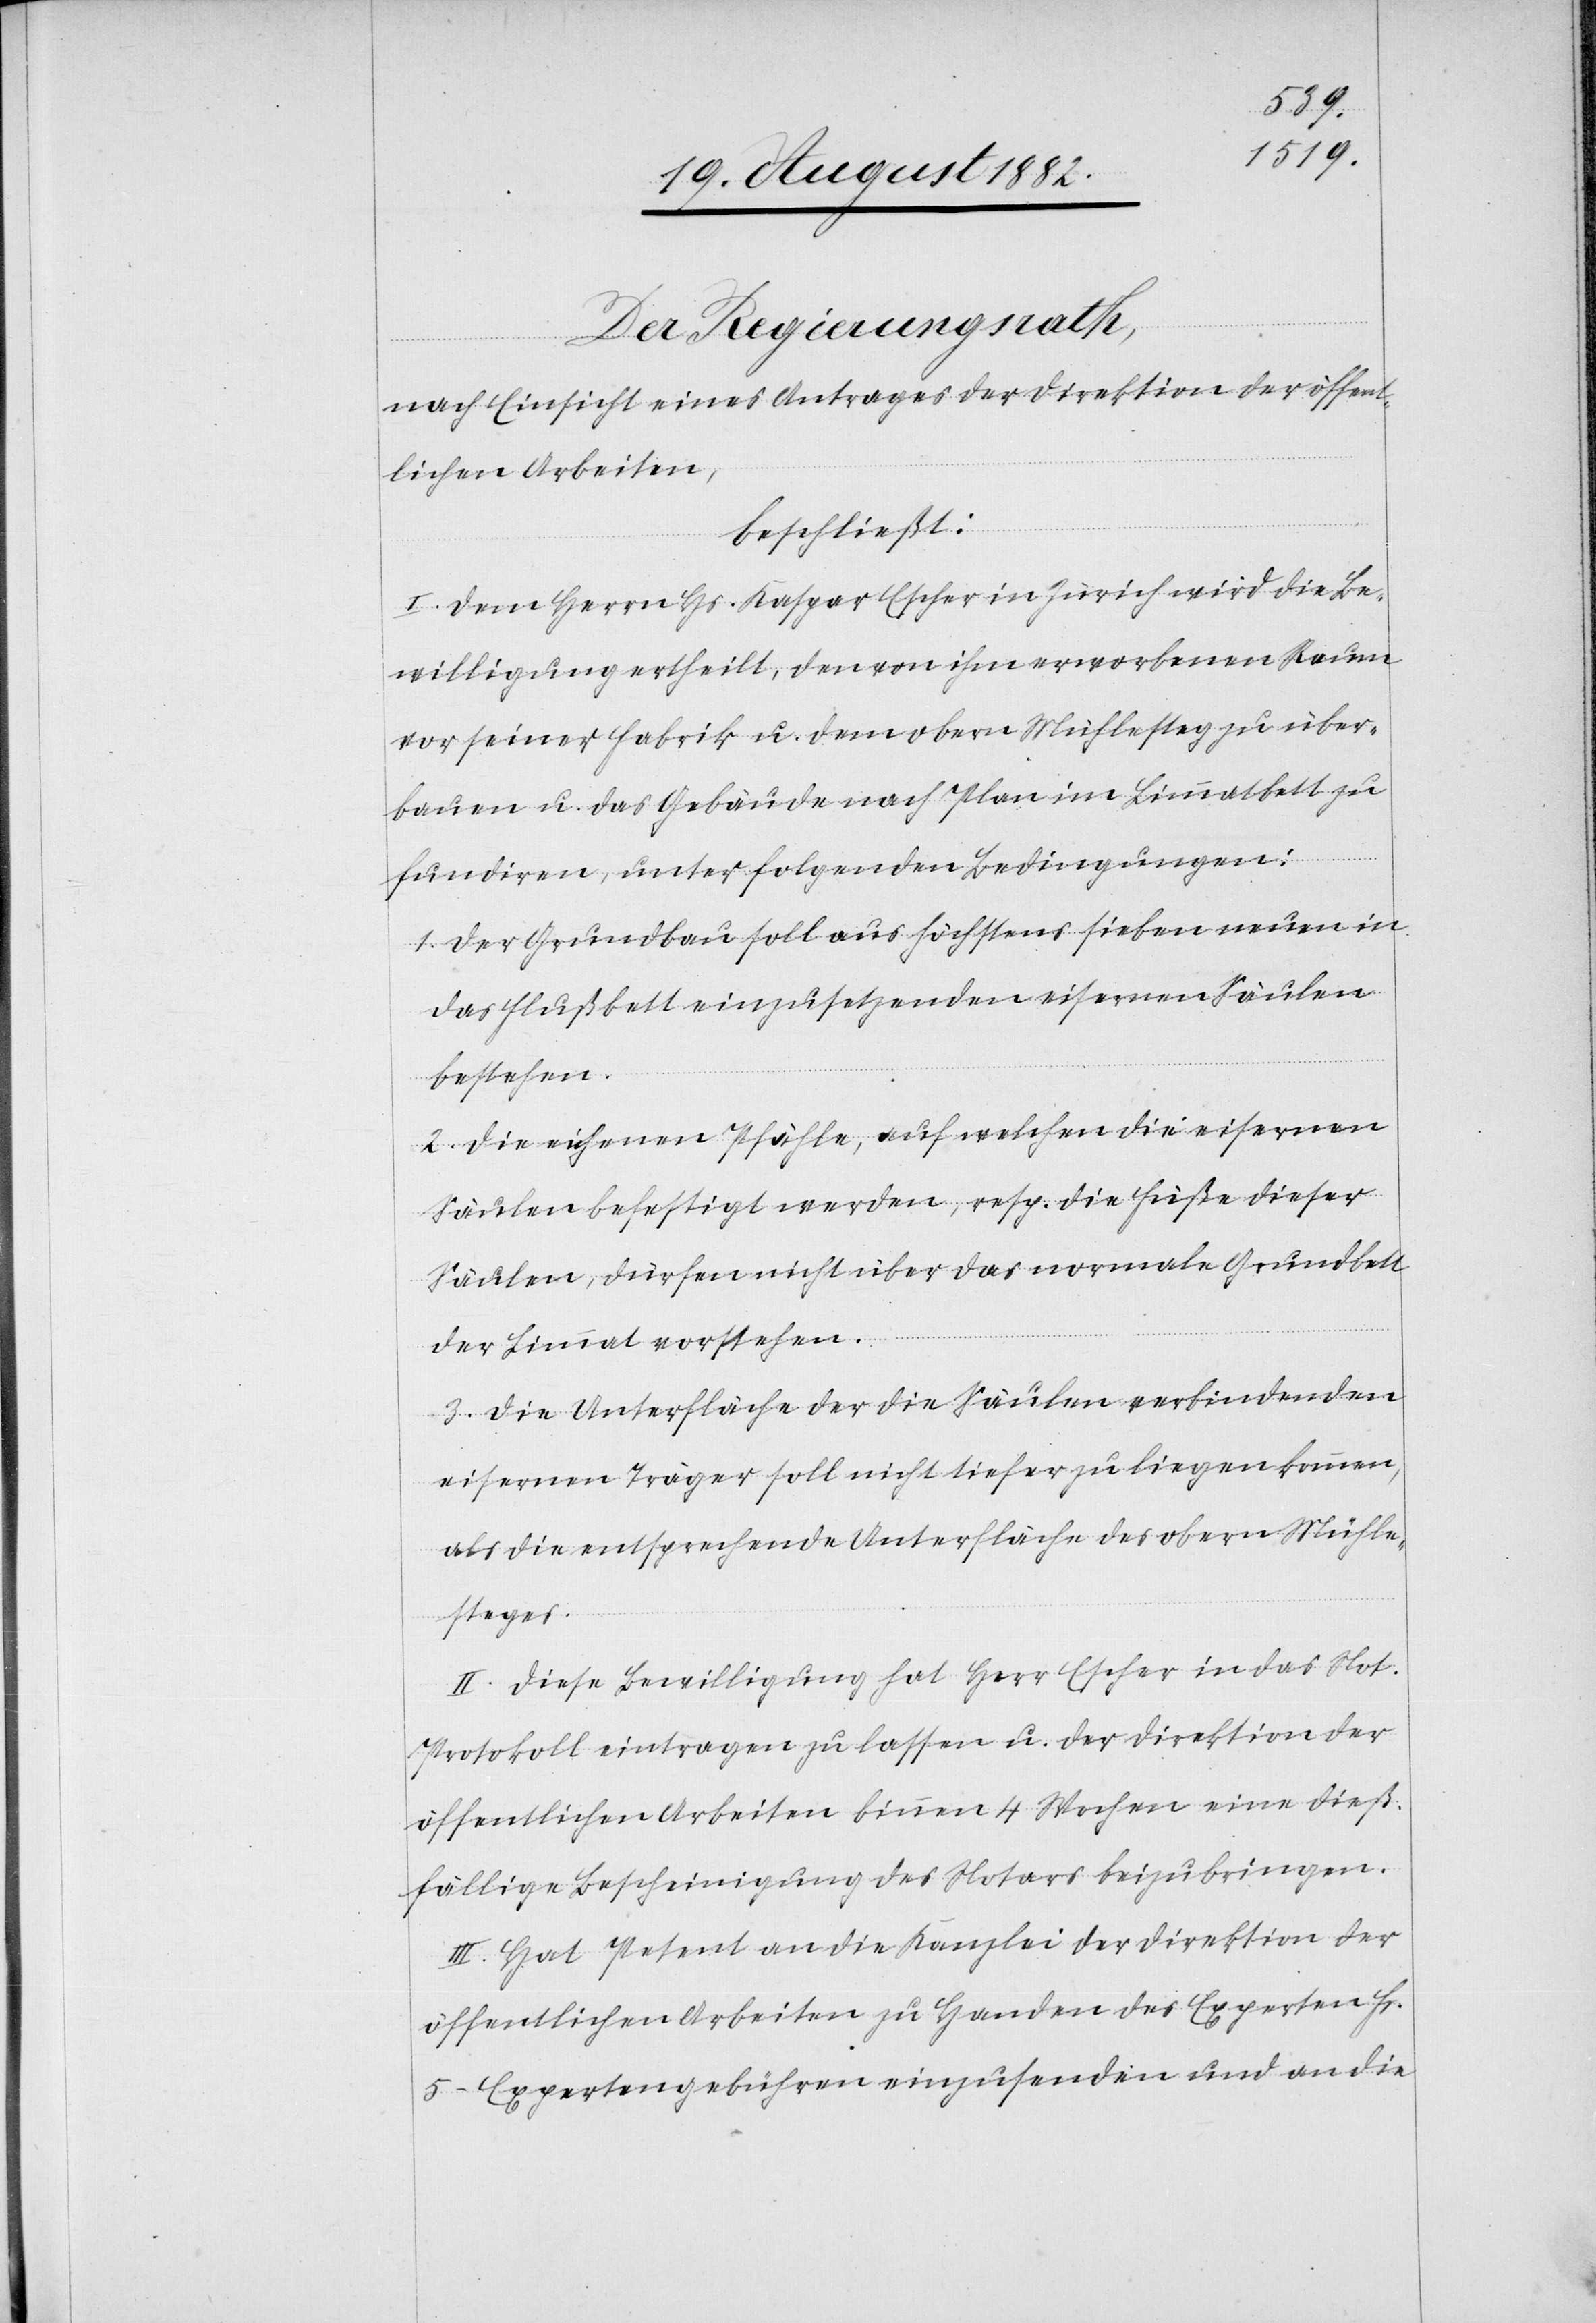
ariat¬
Der Regierungsrath;
nach Einsicht eines Antrages der Direktion der öffent¬
lichen Arbeiten,
beschließt:
I. Dem Herrn Hs. Kaspar Escher in Zürich wird die Be¬
willigung ertheilt, den von ihm erworbenen Raum
vor seiner Fabrik u. dem obern Mühlesteg zu über¬
bauen u. das Gebäude nach Plan im Limmatbett zu
fundiren, unter folgenden Bedingungen:
1. Der Grundbau soll aus höchstens sieben neuen in
das Flußbett einzusetzenden eisernen Säulen
bestehen.
2. die eisernen Pfähle, auf welchen die eisernen
Säulen befestigt werde, resp. die Füße dieser
Säulen, dürfen nicht über das normale Grundbett
der Limmat vorstehen.
3. Die Unterfläche der die Säulen verbindenden
eisernen Träger soll nicht tiefer zu liegen kommen,
als die entsprechende Unterfläche des obern Mühle¬
steges.
II. Diese Bewilligung hat Herr Escher in das Not¬
sprotokoll eintragen zu lassen u. der Direktion der
öffentlichen Arbeiten binnen 4 Wochen eine dieß¬
fällige Bescheinigung des Notars beizubringen.
III. Hat Petent an die Kanzlei der Direktion der
öffentlichen Arbeiten zu Handen des Experten Fr.
5.– Expertengebühren einzusenden und an die